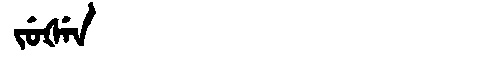
Manchu: ᠵᡠᡧᡝᠨ
Romanization: JUŠEN